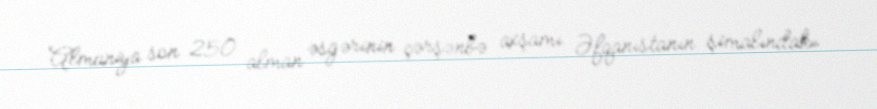
Almaniya son 250 alman əsgərinin çərşənbə axşamı Əfqanıstanın şimalındakı